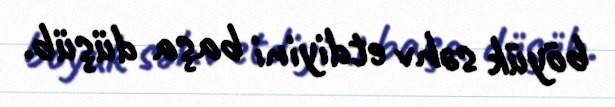
böyük səhv etdiyini başa düşüb.